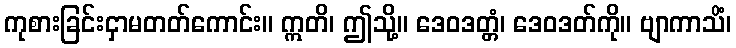
ကုစားခြင်းငှာမတတ်ကောင်း။ ဣတိ၊ ဤသို့။ ဒေဝဒတ္တံ၊ ဒေဝဒတ်ကို။ ဗျာကာသိံ၊